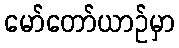
မော်တော်ယာဉ်မှာ